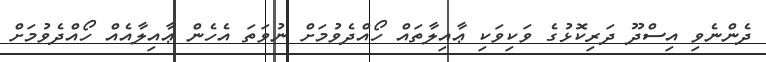
ދެންނެވި އިސްދޫ ދަރިކޮޅުގެ ވަކިވަކި ޢާއިލާތައް ހޯއްދެވުމަށް ނުވަތަ އެހެން ޢާއިލާއެއް ހޯއްދެވުމަށް